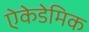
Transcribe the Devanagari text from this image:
ऐकेडेमिक